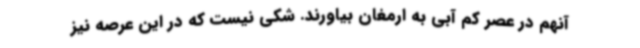
آنهم در عصر کم آبی به ارمغان بیاورند. شکی نیست که در این عرصه نیز